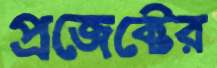
প্রজেক্টের